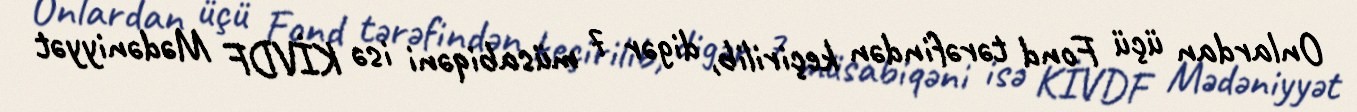
Onlardan üçü Fond tərəfindən keçirilib, digər 7 müsabiqəni isə KİVDF Mədəniyyət